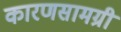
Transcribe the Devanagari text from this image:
कारणसामग्री